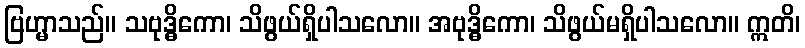
ဗြဟ္မာသည်။ သဗုဒ္ဓိကော၊ သိဖွယ်ရှိပါသလော။ အဗုဒ္ဓိကော၊ သိဖွယ်မရှိပါသလော။ ဣတိ၊